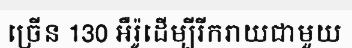
ច្រើន 130 អឺរ៉ូដើម្បីរីករាយជាមួយ